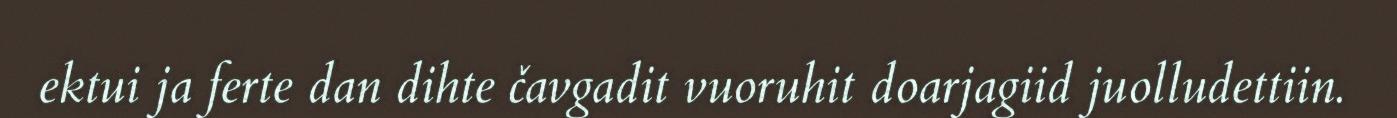
ektui ja ferte dan dihte čavgadit vuoruhit doarjagiid juolludettiin.